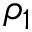
\rho _ { 1 }